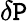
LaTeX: \delta\mathtt{P}